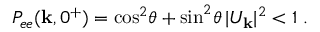
{ \cal P } _ { e e } ( { \bf k } , 0 ^ { + } ) = \cos ^ { 2 } \! \theta + \sin ^ { 2 } \! \theta \, | U _ { \bf k } | ^ { 2 } < 1 \; .